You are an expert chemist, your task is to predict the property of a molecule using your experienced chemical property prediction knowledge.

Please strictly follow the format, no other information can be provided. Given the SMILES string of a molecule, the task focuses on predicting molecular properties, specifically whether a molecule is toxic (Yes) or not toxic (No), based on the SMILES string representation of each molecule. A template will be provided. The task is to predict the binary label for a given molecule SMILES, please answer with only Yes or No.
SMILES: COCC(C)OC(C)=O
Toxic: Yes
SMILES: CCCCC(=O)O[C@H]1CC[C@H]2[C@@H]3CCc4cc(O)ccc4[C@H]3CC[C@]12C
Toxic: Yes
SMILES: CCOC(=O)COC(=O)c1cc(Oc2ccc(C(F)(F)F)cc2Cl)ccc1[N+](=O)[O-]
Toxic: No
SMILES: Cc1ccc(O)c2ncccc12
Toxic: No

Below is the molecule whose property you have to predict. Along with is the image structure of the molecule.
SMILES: COC(=O)c1c(Cl)c(Cl)c(C(=O)OC)c(Cl)c1Cl
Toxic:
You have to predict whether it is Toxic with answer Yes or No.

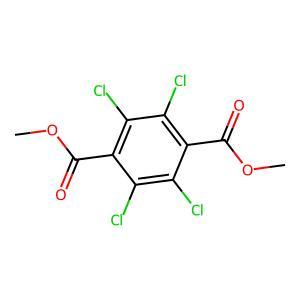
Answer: No